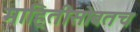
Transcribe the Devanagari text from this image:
माहितीसोबतच